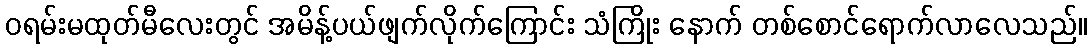
ဝရမ်းမထုတ်မီလေးတွင် အမိန့်ပယ်ဖျက်လိုက်ကြောင်း သံကြိုး နောက် တစ်စောင်ရောက်လာလေသည်။